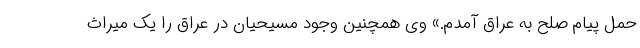
حمل پیام صلح به عراق آمدم.» وی همچنین وجود مسیحیان در عراق را یک میراث